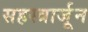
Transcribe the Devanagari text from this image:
सहस्त्रार्जून